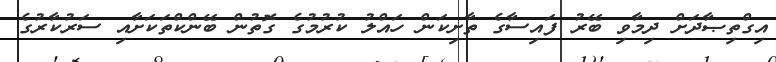
އިގްތިޞާދަށް ދިމާވި ބޭރު ފައިސާގެ ތާށިކަން ހައްލު ކުރުމުގެ ގޮތުން ބޭންކްތަކަށާއި ސަރުކާރުގެ